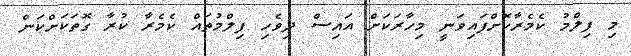
މި ފިލްމު ކެމެރާކޮށްފައިވަނީ މިހާރަކަށް އައިސް ދިވެހި ފިލްމުތައް ކެމެރާ ކުރާ ގޮތަކަށްކަން